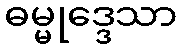
ဓမ္မုဒ္ဒေသာ